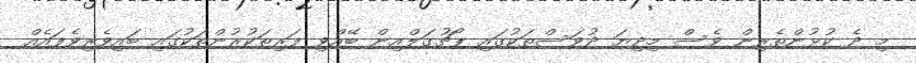
މި ދެ ކުޅުންތެރިން ވެސް މިދިޔަ ދުވަސްތަކުގައި ޕޯޗުގަލްއިން ބޭއްވި ފަރިތަކުރުންތަކުގައި ބައިވެރިވެފައެއް